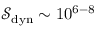
\ensuremath { \mathcal { S } } _ { \mathrm { d y n } } \sim 1 0 ^ { 6 - 8 }